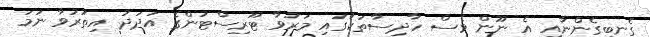
ގެނބިގެންނާއި އެ ނޫން ވެސް ހާދިސާތަކުގައި މަރުވާ ޓޫރިސްޓުންގެ އަދަދު އިތުރުވާ ނަމަ